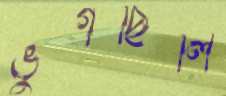
ভুগছিলি